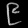
Digit: ၉